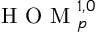
\mathrm { ~ H ~ O ~ M ~ } _ { p } ^ { 1 , 0 }